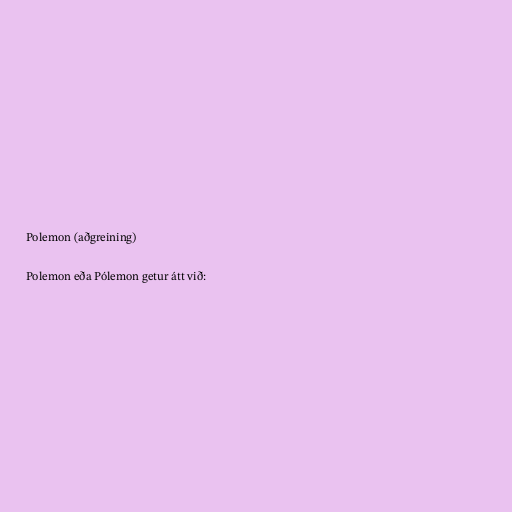
Polemon (aðgreining)

Polemon eða Pólemon getur átt við: